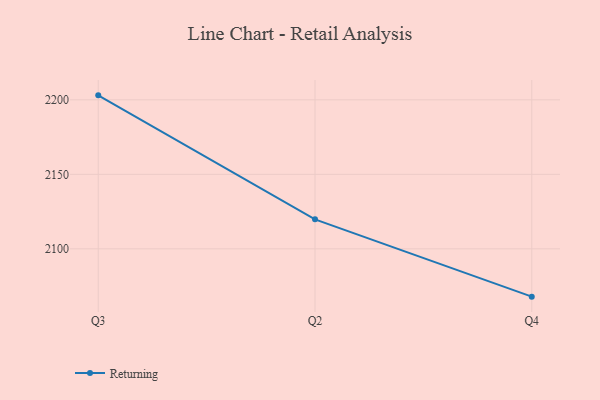
{"axis": {"x": "Quarter", "y": "Demand Index"}, "legend": ["Returning"], "data": [{"x": "Q3", "y": 2203.0, "type": "Returning"}, {"x": "Q2", "y": 2119.8, "type": "Returning"}, {"x": "Q4", "y": 2067.9, "type": "Returning"}]}